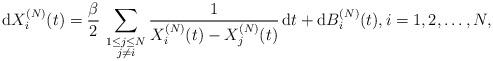
LaTeX: \begin{align*}\mathrm{d}X^{(N)}_i(t)=\frac{\beta}{2}\,\sum_{\substack{1\le j\le N\\j\neq i}}\frac{1}{X^{(N)}_i(t)-X^{(N)}_j(t)}\,\mathrm{d}t+\mathrm{d}B^{(N)}_i(t),i=1,2,\ldots,N, \end{align*}